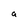
Character: a